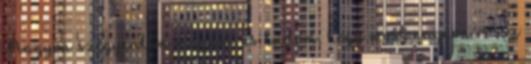
Nagyon szégyenlem magam, és tudom, hogy most nagyon rossz